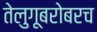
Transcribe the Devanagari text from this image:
तेलुगूबरोबरच